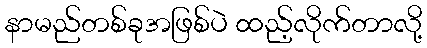
နာမည်တစ်ခုအဖြစ်ပဲ ထည့်လိုက်တာလို့